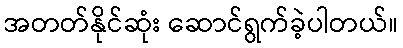
အတတ်နိုင်ဆုံး ဆောင်ရွက်ခဲ့ပါတယ်။